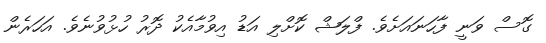
ގޮސް ވަނީ ފާހަނައަށެވެ. ފްލަޝް ކޮށްލި އަޑު އިވުމާއެކު ދޮރު ހުޅުވުނެވެ. އަހަރެން